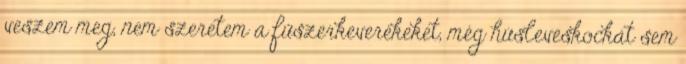
veszem meg, nem szeretem a fűszerkeverékeket, még húsleveskockát sem